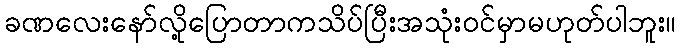
ခဏလေးနော်လို့ပြောတာကသိပ်ပြီးအသုံးဝင်မှာမဟုတ်ပါဘူး။